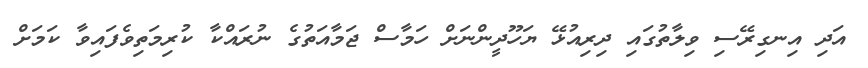
އަދި އިނގިރޭސި ވިލާތުގައި ދިރިއުޅޭ ޔަހޫދީންނަށް ހަމާސް ޖަމާއަތުގެ ނުރައްކާ ކުރިމަތިވެފައިވާ ކަމަށް